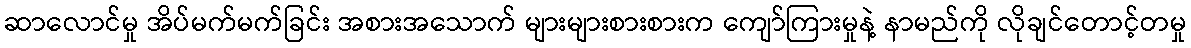
ဆာလောင်မှု အိပ်မက်မက်ခြင်း အစားအသောက် များများစားစားက ကျော်ကြားမှုနဲ့ နာမည်ကို လိုချင်တောင့်တမှု